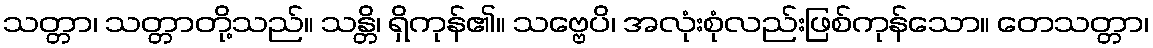
သတ္တာ၊ သတ္တာတို့သည်။ သန္တိ၊ ရှိကုန်၏။ သဗ္ဗေပိ၊ အလုံးစုံလည်းဖြစ်ကုန်သော။ တေသတ္တာ၊